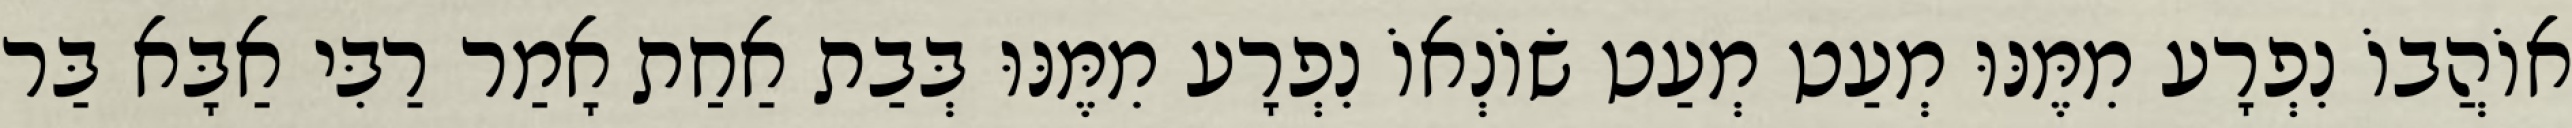
אוֹהֲבוֹ נִפְרָע מִמֶּנּוּ מְעַט מְעַט שׂוֹנְאוֹ נִפְרָע מִמֶּנּוּ בְּבַת אַחַת אָמַר רַבִּי אַבָּא בַּר